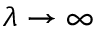
\lambda \to \infty